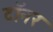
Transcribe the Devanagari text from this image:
टॉनर